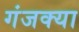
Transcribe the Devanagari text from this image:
गंजक्या